Annual report of the Punjab Veterinary College and of the Civil Veterinary Department, Punjab - 1920-1925
Year: 1920
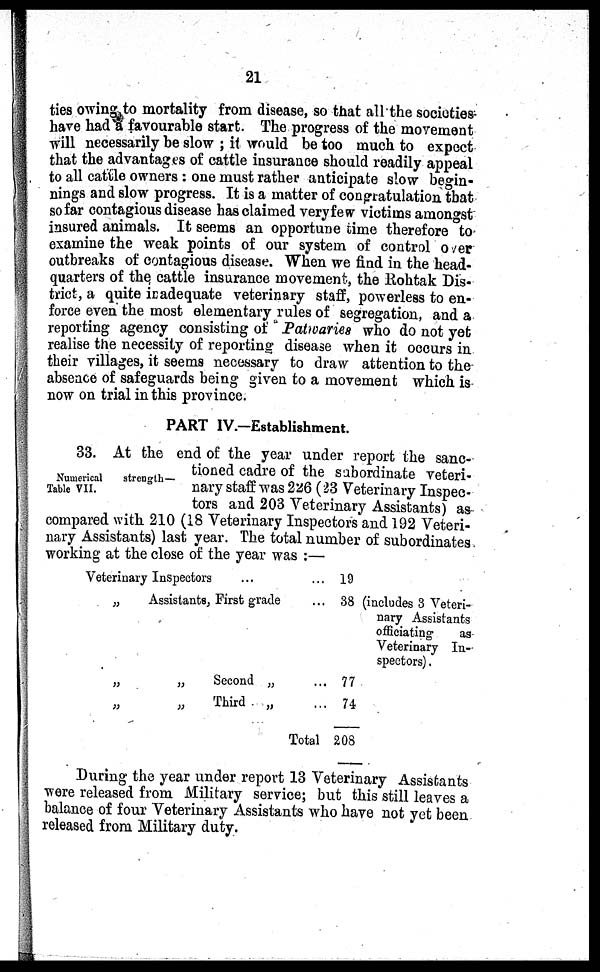
21
ties owing to mortality from disease, so that all the societies
have had a favourable start. The progress of the movement
will necessarily be slow; it would be too much to expect
that the advantages of cattle insurance should readily appeal
to all cattle owners: one must rather anticipate slow begin-
nings and slow progress. It is a matter of congratulation that
so far contagious disease has claimed veryfew victims amongst
insured animals. It seems an opportune time therefore to
examine the weak points of our system of control over
outbreaks of contagious disease. When we find in the head-
quarters of the, cattle insurance movement, the Rohtak Dis-
trict, a quite inadequate veterinary staff, powerless to en-
force even the most elementary rules of segregation, and a
reporting agency consisting of Patwaries who do not yet
realise the necessity of reporting disease when it occurs in
their villages, it seems necessary to draw attention to the
absence of safeguards being given to a movement which is
now on trial in this province.
PART IV.-Establishment.
Numerical
strength—
Table VII.
33. At the end of the year under report the sanc-
tioned cadre of the subordinate veteri-
nary staff was 226 (23 Veterinary Inspec-
tors and 203 Veterinary Assistants) as
compared with 210 (18 Veterinary Inspectors and 192 Veteri-
nary Assistants) last year. The total number of subordinates
working at the close of the year was:—
Veterinary Inspectors
„
Assistants, First grade
„
„
Second „
„
„
Third
„
...
...
...
...
Total
19
38
77
74
208
(includes 3 Veteri-
nary Assistants
officiating
as
Veterinary In-
spectors) .
During the year under report 13 Veterinary Assistants
were released from Military service; but this still leaves a
balance of four Veterinary Assistants who have not yet been
released from Military duty.